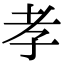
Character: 孝